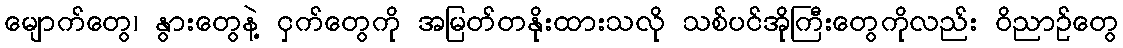
မျောက်တွေ၊ နွားတွေနဲ့ ငှက်တွေကို အမြတ်တနိုးထားသလို သစ်ပင်အိုကြီးတွေကိုလည်း ဝိညာဉ်တွေ